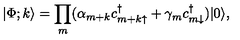
| \Phi ; k \rangle = \prod _ { m } ( \alpha _ { m + k } c _ { { m + k } \uparrow } ^ { \dagger } + \gamma _ { m } c _ { m \downarrow } ^ { \dagger } ) | 0 \rangle ,